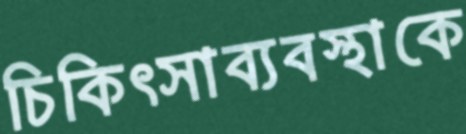
চিকিৎসাব্যবস্থাকে